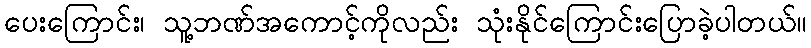
ပေးကြောင်း၊ သူ့ဘဏ်အကောင့်ကိုလည်း သုံးနိုင်ကြောင်းပြောခဲ့ပါတယ်။